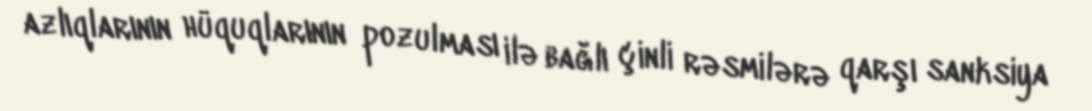
azlıqlarının hüquqlarının pozulması ilə bağlı çinli rəsmilərə qarşı sanksiya